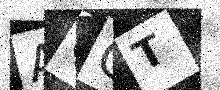
Text: AOCT